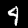
Digit: 4